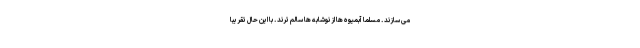
می سازند . مسلما آبمیوه ها از نوشابه ها سالم ترند . با این حال تقریبا